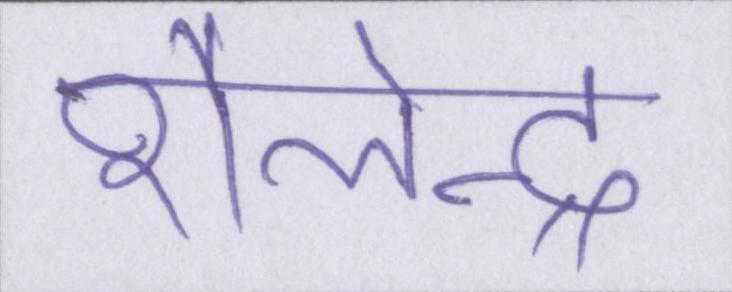
शैलेन्द्र